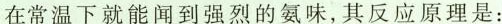
在常温下就能闻到强烈的氨味，其反应原理是: